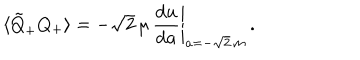
\langle \tilde { Q } _ { + } Q _ { + } \rangle = - \left. \sqrt { 2 } \, \mu \, \frac { \mathrm { d } u } { \mathrm { d } a } \right| _ { a = - \sqrt { 2 } \, m } \, .